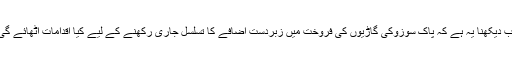
اب دیکھنا یہ ہے کہ پاک سوزوکی گاڑیوں کی فروخت میں زبردست اضافے کا تسلسل جاری رکھنے کے لیے کیا اقدامات اٹھائے گی۔